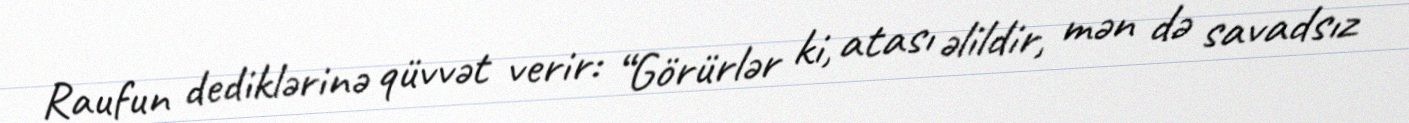
Raufun dediklərinə qüvvət verir: “Görürlər ki, atası əlildir, mən də savadsız